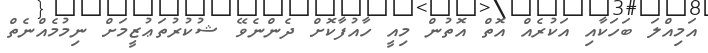
އަމިއްލަ ބަހަކާއި އަކުރެއް އޮތް އޮތުން މިއީ ހާއުފާކޮށް ދެންނެވޭ ޝުކުރުތަޢުޒީމަށް ނިމުމެއްނެތް